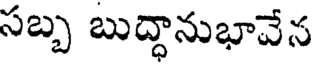
సబ్బ బుద్ధానుభావేన